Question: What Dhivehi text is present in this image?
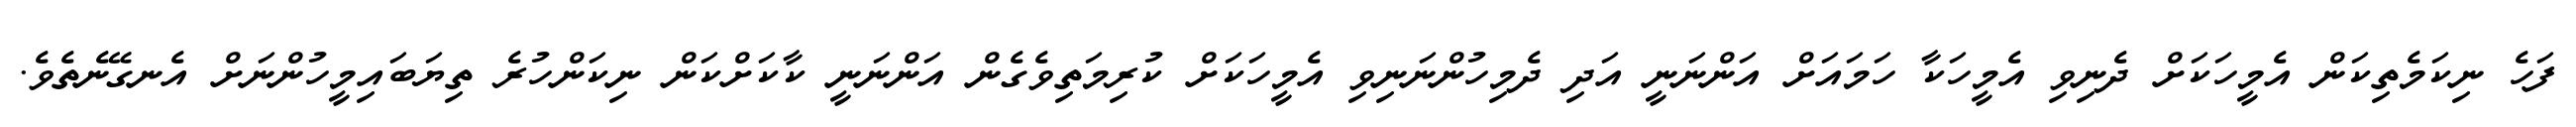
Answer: ފަހެ ނިކަމެތިކަން އެމީހަކަށް ދެނިވި އެމީހަކާ ހަމައަށް އަންނަނީ އަދި ދެމިހުންނަނިވި އެމީހަކަށް ކުރިމަތިވެގެން އަންނަނީ ކާކަށްކަން ނިކަންހުރެ ތިޔަބައިމީހުންނަށް އެނގޭނެތެވެ.